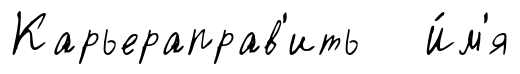
Карьераправ'ить И́м'я